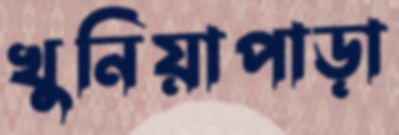
খুনিয়াপাড়া